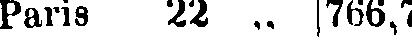
Paris 22 „ 766,7